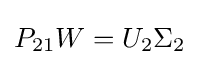
P_{21}W=U_{2}\Sigma _{2}